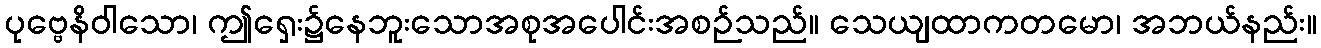
ပုဗ္ဗေနိဝါသော၊ ဤရှေး၌နေဘူးသောအစုအပေါင်းအစဉ်သည်။ သေယျထာကတမော၊ အဘယ်နည်း။